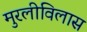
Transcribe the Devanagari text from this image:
मुरलीविलास